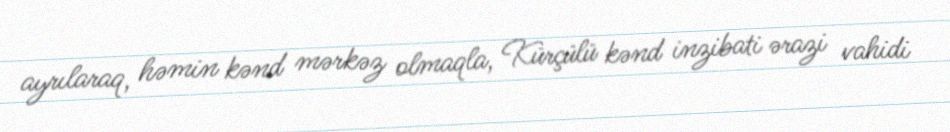
ayrılaraq, həmin kənd mərkəz olmaqla, Kürçülü kənd inzibati ərazi vahidi